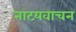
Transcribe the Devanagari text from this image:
नाटयवाचन